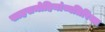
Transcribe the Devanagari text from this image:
साहसमोहिमांव्यतिरिक्त